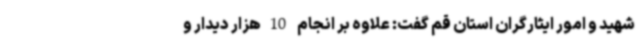
شهید و امور ایثارگران استان قم گفت: علاوه بر انجام 10هزار دیدار و